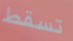
تسقط